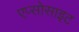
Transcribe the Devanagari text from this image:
एप्सोसाइट